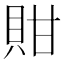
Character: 𧵊